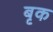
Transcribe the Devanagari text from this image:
बृक